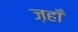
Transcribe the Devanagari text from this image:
ज़हाँ